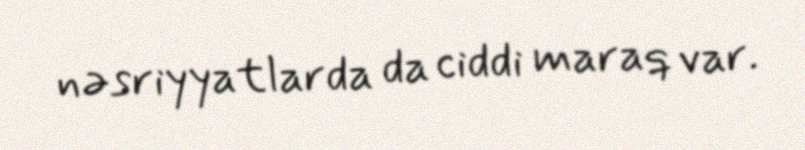
nəsriyyatlarda da ciddi maraq var.